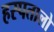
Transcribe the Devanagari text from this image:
हस्पतालो